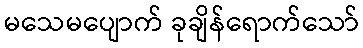
မသေမပျောက် ခုချိန်ရောက်သော်